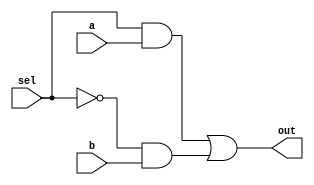
module mux(input a, b, sel, output out);
  assign out = (sel & a) | (~sel & b);
endmodule

module byte_mux(input[7:0] a, b, input sel, output[7:0] out);
  mux mux[7:0](
    .a (a),
    .b (b),
    .sel (sel),
    .out (out)
  );
endmodule

module quad_byte_mux(input[7:0] a, b, c, d, input sel0, sel1, output[7:0] out);
  wire[7:0] mux0_p, mux1_p;

  byte_mux mux0(
    .a (a),
    .b (b),
    .sel (sel0),
    .out (mux0_p)
  );

  byte_mux mux1(
    .a (c),
    .b (d),
    .sel (sel0),
    .out (mux1_p)
  );

  byte_mux mux2(
    .a (mux0_p),
    .b (mux1_p),
    .sel (sel1),
    .out (out)
  );

endmodule